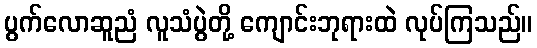
ပွက်လောဆူညံ လူသံပွဲတို့ ကျောင်းဘုရားထဲ လုပ်ကြသည်။